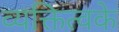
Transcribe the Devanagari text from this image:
व्यक्तित्वके